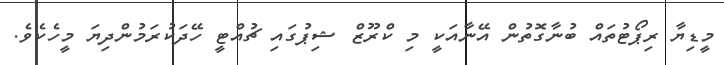
މީޑިޔާ ރިޕޯޓުތައް ބުނާގޮތުން އޭނާއަކީ މި ކްރޫޒް ޝިޕުގައި ޗުއްޓީ ހޭދަކުރަމުންދިޔަ މީހެކެވެ.